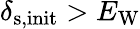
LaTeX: \delta_{\mathrm{s,init}}>E_{\mathrm{W}}